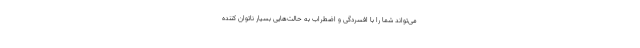
می‌تواند شما را با افسردگی و اضطراب به حالت‌هایی بسیار ناتوان کننده